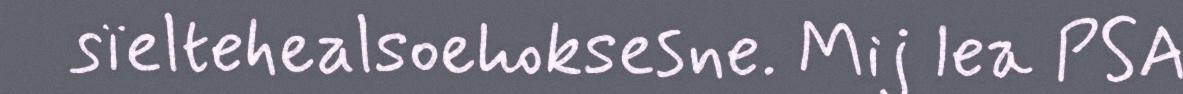
sïeltehealsoehoksesne. Mij lea PSA